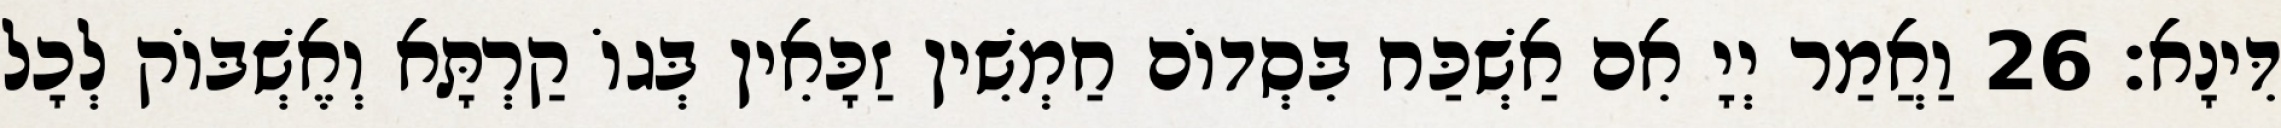
דִּינָא׃ 26 וַאֲמַר יְיָ אִם אַשְׁכַּח בִּסְדוֹם חַמְשִׁין זַכָּאִין בְּגוֹ קַרְתָּא וְאֶשְׁבּוֹק לְכָל